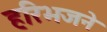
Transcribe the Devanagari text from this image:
हरिभजने